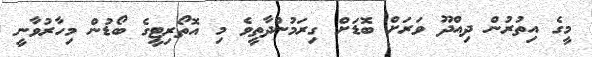
މީގެ އިތުރުން ދިއްދޫ ވަރަށް ބޮޑަށް ގިރަމުންދާތީވެ މި އޮތޯރިޓީގެ ބޯޑުން މިހާރުވާނީ